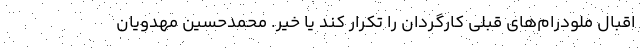
اقبال ملودرام‌های قبلی کارگردان را تکرار کند یا خیر. محمدحسین مهدویان